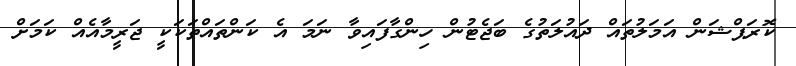
ކޮރަޕްޝަން އަމަލުތައް ދައުލަތުގެ ބަޖެޓުން ހިންގާފައިވާ ނަމަ އެ ކަންތައްތަކަކީ ޖަރީމާއެއް ކަމަށް